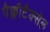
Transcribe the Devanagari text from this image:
पैक्लीटैक्सेल